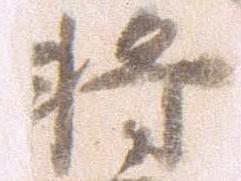
将